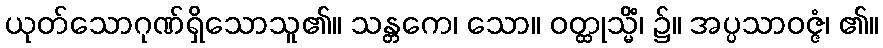
ယုတ်သောဂုဏ်ရှိသောသူ၏။ သန္တကေ၊ သော။ ဝတ္ထုသ္မိံ၊ ၌။ အပ္ပသာဝဇ္ဇံ၊ ၏။